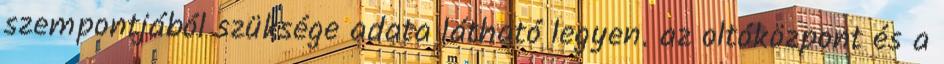
szempontjából szüksége adata látható legyen. az oltóközpont és a